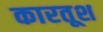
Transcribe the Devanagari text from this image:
कारतूश